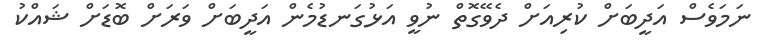
ނަމަވެސް އަދީބަށް ކުރިއަށް ދެވޭގޮތް ނުވީ އަޅުގަނޑުމެން އަދީބަށް ވަރަށް ބޮޑަށް ޝައްކު